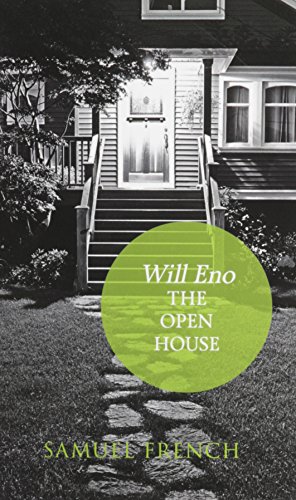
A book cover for Open House, The; Will Eno; Literature & Fiction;